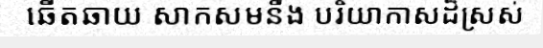
ឆើតឆាយ សាកសមនឹង បរិយាកាសដ៏ស្រស់